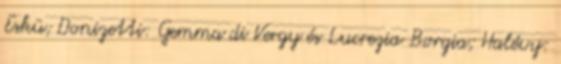
Eskü; Donizetti: Gemma di Vergy és Lucrezia Borgia; Halévy: